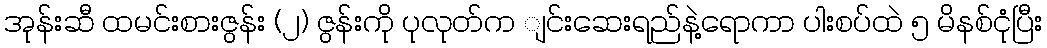
အုန်းဆီ ထမင်းစားဇွန်း (၂) ဇွန်းကို ပုလုတ်က ျင်းဆေးရည်နဲ့ရောကာ ပါးစပ်ထဲ ၅ မိနစ်ငုံပြီး